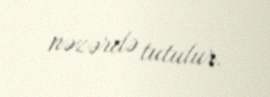
nəzərdə tutulur.